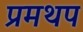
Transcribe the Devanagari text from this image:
प्रमथप